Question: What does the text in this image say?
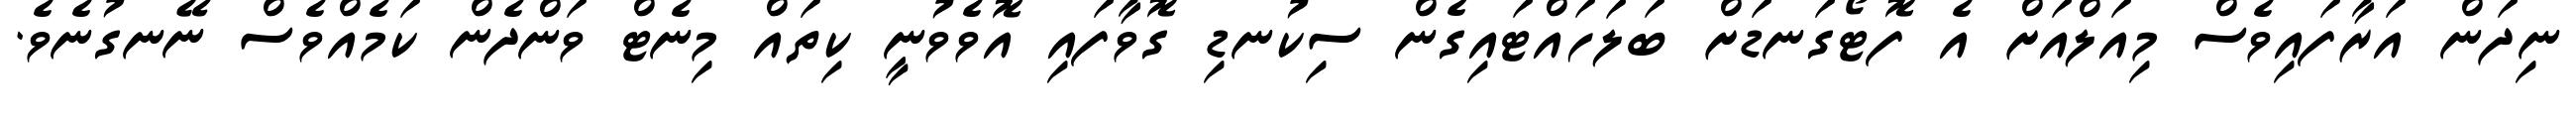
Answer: ނިދަން އަރާފައިވެސް މިއަލްއަށް އެ ފޮޓޯގަނޑަށް ބަލަހައްޓައިގެން ސިކުނޑި ގޮވާފައި އޮވެވުނީ ކިތައް މިނެޓް ވަންދެން ކަމެއްވެސް ނޭނގުނެވެ.